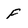
Character: F